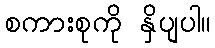
စကားစုကို နှိပျပါ။